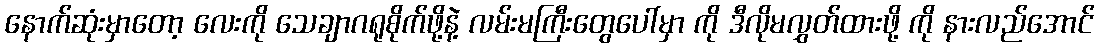
နောက်ဆုံးမှာတော့ လေးကို သေချာဂရုစိုက်ဖို့နဲ့ လမ်းမကြီးတွေပေါ်မှာ ကို ဒီလိုမလွှတ်ထားဖို့ ကို နားလည်အောင်